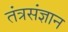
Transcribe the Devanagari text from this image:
तंत्रसंज्ञान